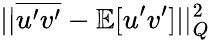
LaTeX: ||\overline{{u^{\prime}v^{\prime}}}-\mathbb{E}[u^{\prime}v^{\prime}]||_{Q}^{2}